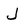
Character: J